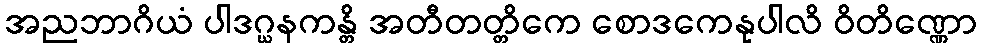
အညဘာဂိယံ ပါဒဂ္ဃနကန္တိ အတီတတ္တိကေ စောဒကေနုပါလိ ဝိတိဏ္ဏော